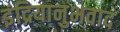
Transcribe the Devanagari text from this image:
इंद्रियानुभवाद